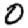
Digit: 0